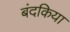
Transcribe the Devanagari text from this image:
बंदकिया